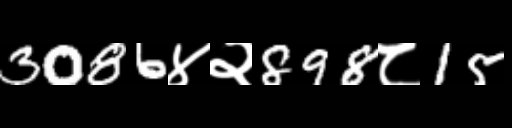
Text: 3086४२898८15